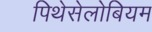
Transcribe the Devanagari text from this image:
पिथेसेलोबियम